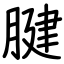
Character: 腱